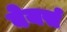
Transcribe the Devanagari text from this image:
बेयर्स